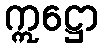
ဣဋ္ဌော